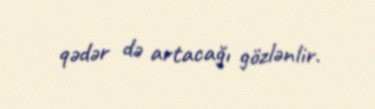
qədər də artacağı gözlənlir.